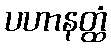
ပဟာနတ္ထံ